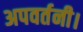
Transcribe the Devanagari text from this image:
अपवर्तनी।